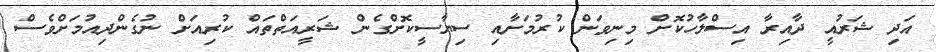
އަދި ޝަރުއީ ދާއިރާ އިސްލާހުކޮށް މިނިވަން ކުރުމަށާއި ސިޔާސީކޮށްގެން ޝަރީއަތްތައް ކުރިއަށް ނުގެންދިއުމަށްވެސް